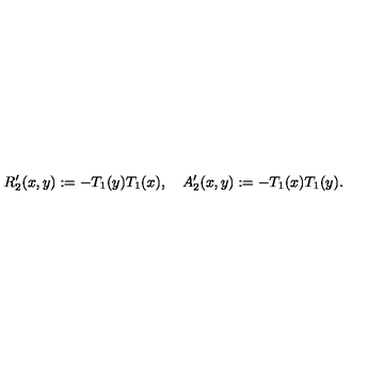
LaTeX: R _ { 2 } ^ { \prime } ( x , y ) : = - T _ { 1 } ( y ) T _ { 1 } ( x ) , \quad A _ { 2 } ^ { \prime } ( x , y ) : = - T _ { 1 } ( x ) T _ { 1 } ( y ) .